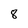
Character: 8